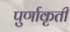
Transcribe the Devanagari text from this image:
पुर्णाकृती